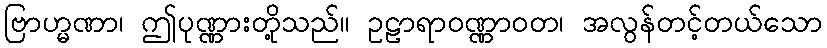
ဗြာဟ္မဏာ၊ ဤပုဏ္ဏားတို့သည်။ ဥဠာရာဝဏ္ဏာဝတ၊ အလွန်တင့်တယ်သော